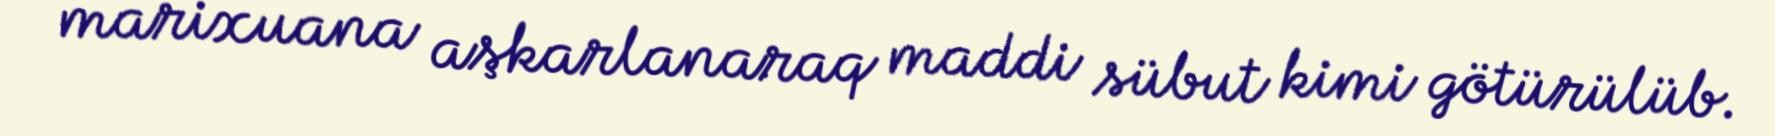
marixuana aşkarlanaraq maddi sübut kimi götürülüb.